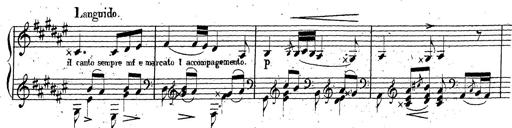
Title: Canzone Napolitana
Composer: Franz Liszt